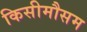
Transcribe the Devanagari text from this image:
किसीमौसम